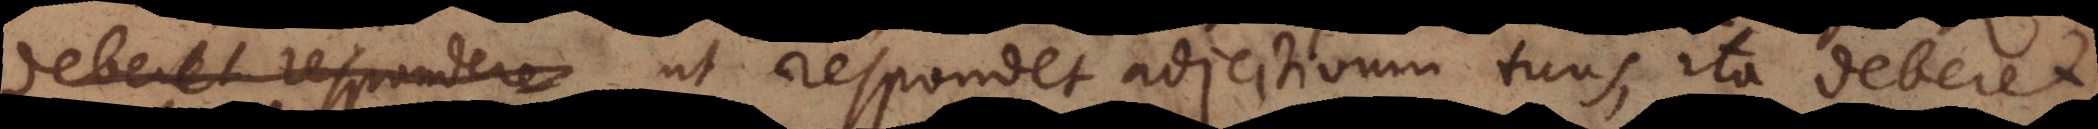
deberet respondere ut respondet adjectivum tuus, ita deberet